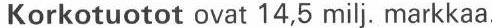
Korkotuotot ovat 14,5 milj. markkaa